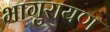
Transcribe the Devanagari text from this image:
भागुरायण